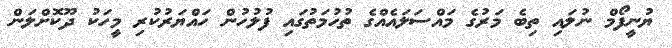
ޔުނީފޯމް ނުލައި ތިބެ މަރުގެ މައްސަލައެއްގެ ތުހުމަތުގައި ފުލުހުން ހައްޔަރުކުރި މީހަކު ދޫކޮށްލަން